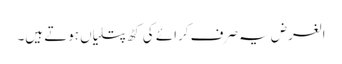
الغرض یہ صرف کرائے کی کٹھ پتلیاں ہوتے ہیں۔